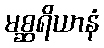
မစ္ဆရိယာနံ